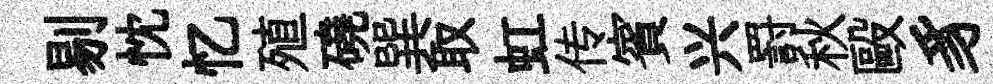
剔忱忆殖磽巽取虹传賓兴罸秋毆豸